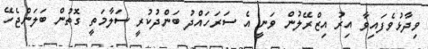
ވިދާޅުވެފައިވާ އިރު އިޒްރޭލުން ވަނީ އެ ސަރަހައްދު ބަންދުކުރީ ސަލާމަތީ ގޮތުން ބަލަންޖެހޭ